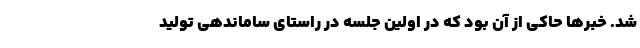
شد. خبرها حاکی از آن بود که در اولین جلسه در راستای ساماندهی تولید